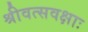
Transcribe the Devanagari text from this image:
श्रीवत्सवक्षाः